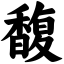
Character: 馥